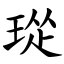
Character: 㻜